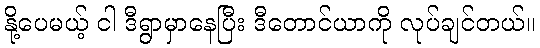
နို့ပေမယ့် ငါ ဒီရွာမှာနေပြီး ဒီတောင်ယာကို လုပ်ချင်တယ်။